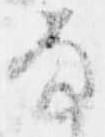
な